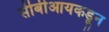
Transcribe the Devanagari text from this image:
सीबीआयकडून